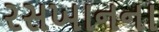
રસખાનના